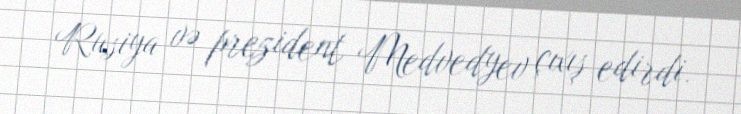
Rusiya və prezident Medvedyev çıxış edirdi.